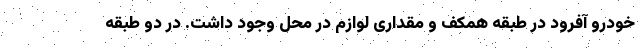
خودرو آفرود در طبقه همکف و مقداری لوازم در محل وجود داشت. در دو طبقه